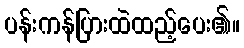
ပန်းကန်ပြားထဲထည့်ပေး၏။